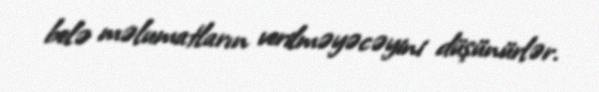
belə məlumatların verilməyəcəyini düşünürlər.